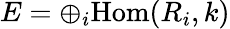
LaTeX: E=\oplus_{i}{\mathrm{Hom}}(R_{i},k)